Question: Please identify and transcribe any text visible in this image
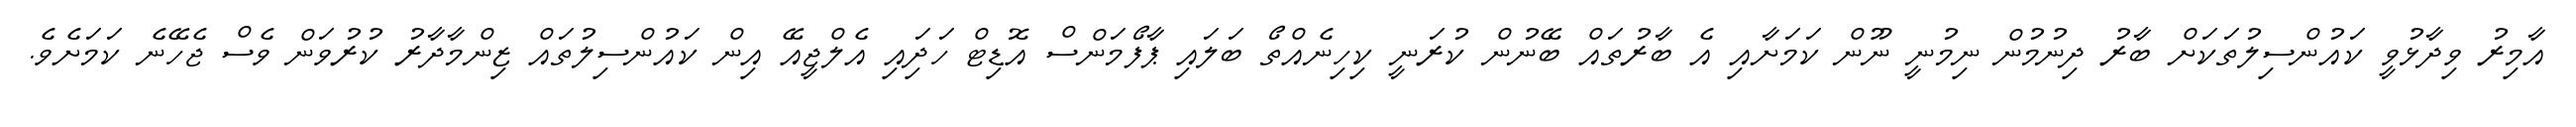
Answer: އާމިރު ވިދާޅުވީ ކައުންސިލުތަކަށް ބާރު ދިނުމުން ނިމުނީ ނޫން ކަމަށާއި އެ ބާރުތައް ބޭނުން ކުރަނީ ކިހިނެއްތޯ ބަލައި ޕާފޯމަންސް އޮޑިޓް ހަދަިއި އެލްޖީއޭ އިން ކައުންސިލުތައް ޒިންމާދާރު ކުރުވަން ވެސް ޖެހޭނެ ކަމަށެވެ.